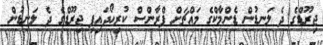
ޖިރޫޑްގެ ދެ ލަނޑުން ޑެންމާކްގެ މައްޗަށް ފްރާންސް ކުރިހޯދައިފި ޖިރޫޑްގެ ދެ ލަނޑުން